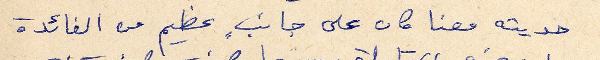
حديثه معنا كان على جانبٍ عظيم من الفائدة